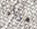
هراء